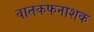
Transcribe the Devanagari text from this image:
वातकफनाशक